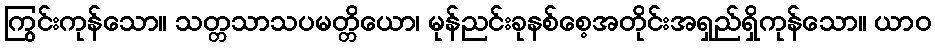
ကြွင်းကုန်သော။ သတ္တသာသပမတ္တိယော၊ မုန်ညင်းခုနစ်စေ့အတိုင်းအရှည်ရှိကုန်သော။ ယာဝ